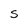
Character: S